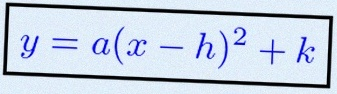
y=a(x-h)^2+k